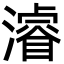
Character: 濬